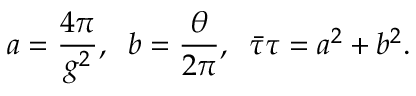
a = \frac { 4 \pi } { g ^ { 2 } } , \; \; b = \frac { \theta } { 2 \pi } , \; \; \bar { \tau } \tau = a ^ { 2 } + b ^ { 2 } .